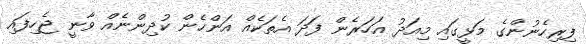
ފިރިހެނުންގެ މަޅީގައި މިއަދު އަހަރެން ފަދަ އެތަކެއް އަންހެން ކުދިންނެއް ވާނީ ޖެހިފައި